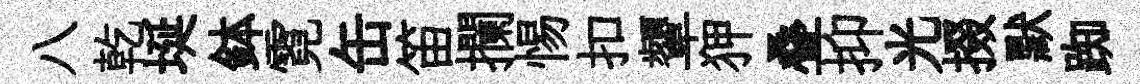
八乾埏鉢霓缶笛攔惕扣顰狎叠抑光掇默踟